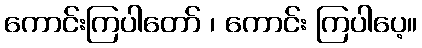
ကောင်းကြပါတော် ၊ ကောင်း ကြပါပေ့။